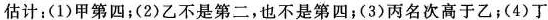
估计：(1)甲第四；(2)乙不是第二，也不是第四；(3)丙名次高于乙；(4)丁